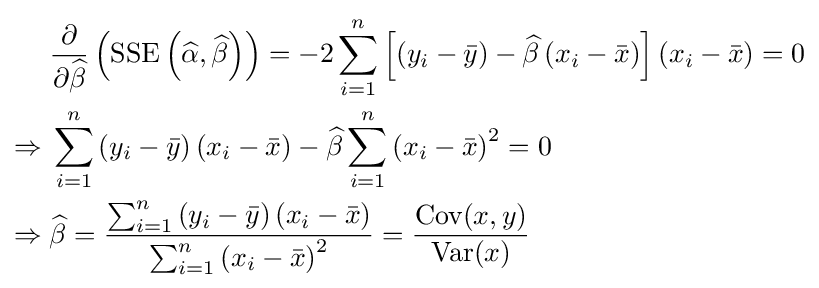
{\begin{aligned}&{\frac {\partial }{\partial {\widehat {\beta }}}}\left(\operatorname {SSE} \left({\widehat {\alpha }},{\widehat {\beta }}\right)\right)=-2\sum _{i=1}^{n}\left[\left(y_{i}-{\bar {y}}\right)-{\widehat {\beta }}\left(x_{i}-{\bar {x}}\right)\right]\left(x_{i}-{\bar {x}}\right)=0\\\Rightarrow {}&\sum _{i=1}^{n}\left(y_{i}-{\bar {y}}\right)\left(x_{i}-{\bar {x}}\right)-{\widehat {\beta }}\sum _{i=1}^{n}\left(x_{i}-{\bar {x}}\right)^{2}=0\\\Rightarrow {}&{\widehat {\beta }}={\frac {\sum _{i=1}^{n}\left(y_{i}-{\bar {y}}\right)\left(x_{i}-{\bar {x}}\right)}{\sum _{i=1}^{n}\left(x_{i}-{\bar {x}}\right)^{2}}}={\frac {\operatorname {Cov} (x,y)}{\operatorname {Var} (x)}}\end{aligned}}